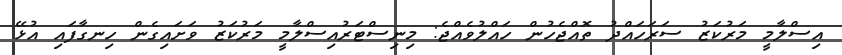
އިސްލާމީ މަރުކަޒު ސަރަހައްދު ތޮއްޖެހުން ހައްލުވެއްޖެ: މިނިސްޓަރުއިސްލާމީ މަރުކަޒު ވަށައިގެން ހިނގާފައި އުޅޭ